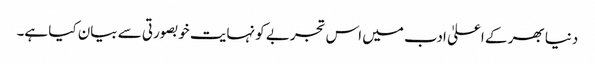
دنیا بھر کے اعلیٰ ادب میں اس تجربے کو نہایت خوبصورتی سے بیان کیا ہے۔